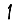
Digit: 1